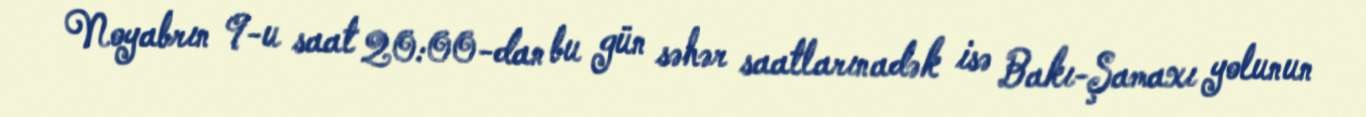
Noyabrın 9-u saat 20:00-dan bu gün səhər saatlarınadək isə Bakı-Şamaxı yolunun